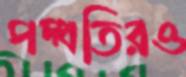
পদ্ধতিরও